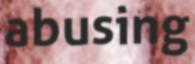
abusing